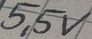
Text: 5,5V